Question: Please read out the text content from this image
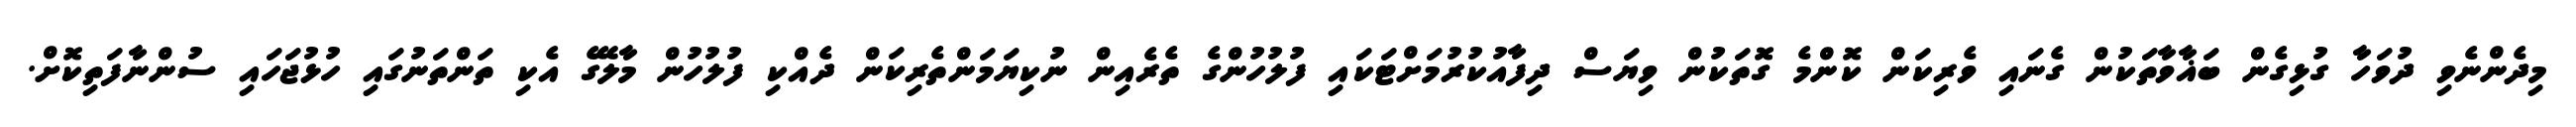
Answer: މިދެންނެވި ދުވަހާ ގުޅިގެން ބަޣާވާތަކުން ގެނައި ވެރިކަން ކޮންމެ ގޮތަކުން ވިޔަސް ދިފާއުކުރުމަށްޓަކައި ފުލުހުންގެ ތެރެއިން ނުކިޔަމަންތެރިކަން ދެއްކި ފުލުހުން މާލޭގެ އެކި ތަންތަނުގައި ހުޅުޖަހައި ސުންނާފަތިކޮށް.